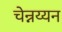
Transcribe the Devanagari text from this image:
चेन्नय्यन